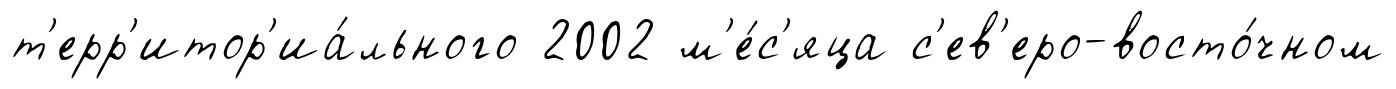
т'ерр'итор'иа́льного 2002 м'е́с'яца с'ев'еро-восто́чном